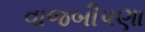
વાજબીપણા